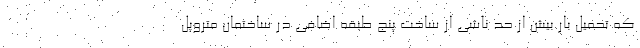
که تحمیل بار بیش از حد ناشی از ساخت پنج طبقه‌ اضافی در ساختمان متروپل